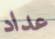
عداد